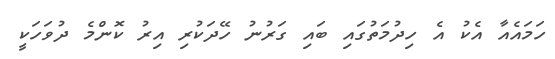
ހަމައެއާ އެކު އެ ހިދުމަތުގައި ބައި ގަރުނު ހޭދަކުރި އިރު ކޮންމެ ދުވަހަކީ